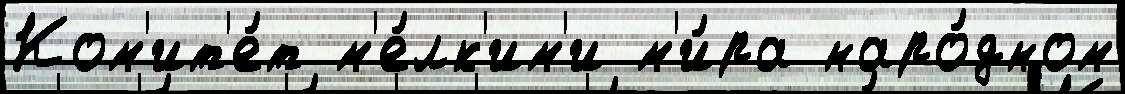
Ком'ит'е́т м'е́лк'им'и м'и́ра наро́дном